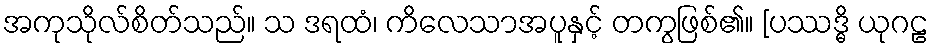
အကုသိုလ်စိတ်သည်။ သ ဒရထံ၊ ကိလေသာအပူနှင့် တကွဖြစ်၏။ [ပဿဒ္ဓိ ယုဂဠ